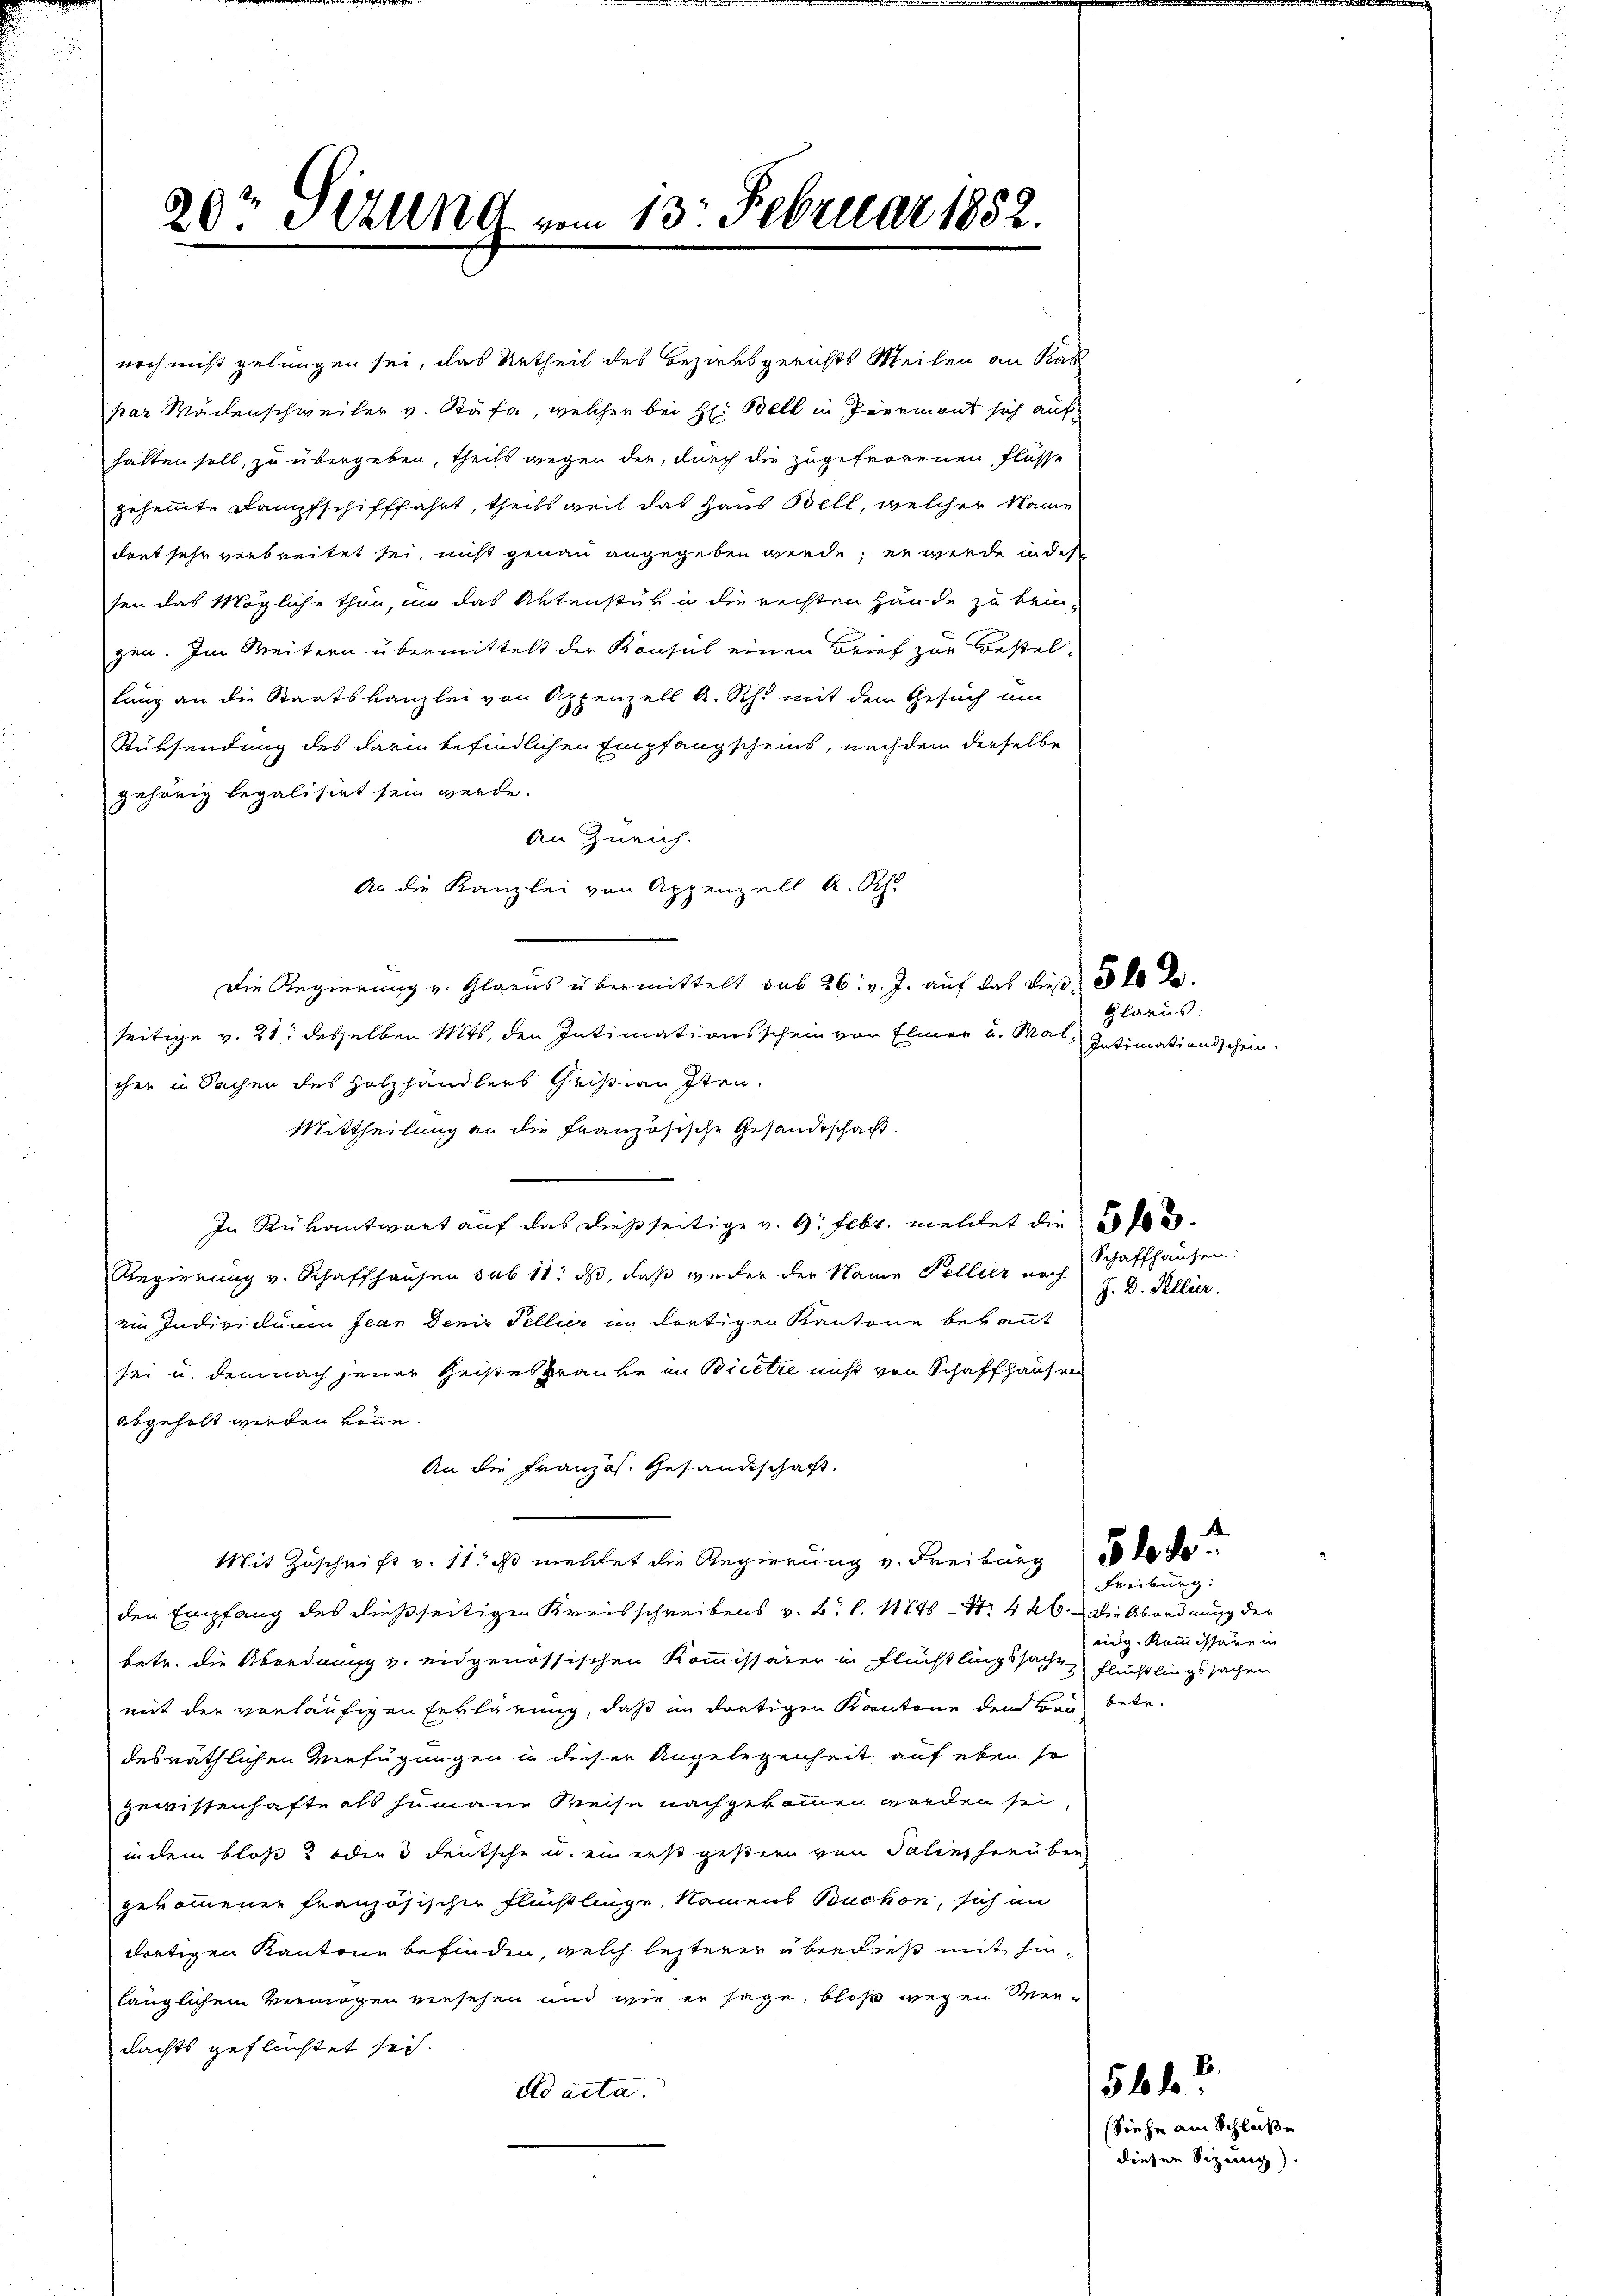
20t Setzung vom 13. Februar 1852.

noch nicht gelungen sei, das Urtheil des Bezirksgerichts Weilen an Kas
par Wachenschweiler v. Stäfa, welcher bei H. Bell in Piermant sich auf
halten soll, zu übergeben, theils gegen der, durch die zugefrorenen Flüsse
gehemmte Kaufschifffahrt, theils weil das Haus Bell, welcher Name
dont sehr verbreitet sei, nicht genau angegeben werde; er werde in des
sen das Mögliche thun, um das Aktenstuh in die rechten Hände zu bein-
gen. Im Weitern übermittelt der Konsul einen Brief zur Bestellung an die Staatskanzlei von Appenzell A. Sch. mit dem Gesuch um
Rüksendung des darin befindlichen Empfangscheins, nachdem derselbe
gehörig legalisirt sein werde.
An Zürich.
An die Kanzlei von Appenzell A. Sch
Die Regierung v. Glarus übermittelt sub 26. v. J. auf das Ließ, 300 Ro.
seitige v. 21. desselben Mts. den Intimationsschein von Elmer u. Mal-
cher in Sachen des Holzhändlers Christian Iten.
Mittheilung an die französische Gesandtschaft.
In Rükantwort auf das dießseitige v. 9. Febr. meldet die
Regierung v. Schaffhausen sub 11. ds, daß weder der Name Pellier noch
ein Individuum Jean Denis Tellier im dortigen Kantone bekannt
sei u. demnach jener Geisteskranke in Biete nicht von Schaffhausen
abgeholt werden könne.
An die Französ. Gesandtschaft.
Mit Zuschrift v. 11. ds mehret die Regierung v. Freiburg de
den Empfang des dießseitigen Kreisschreibens v. B. l. 11845 - N. 426. Die Abordnung der
betr. die Abordnung v. eidgenössischen Kommissärer in Flüchtlingssache Flüchtlingssachen
mit der vorläufigen Erklärung, daß in dortigen Kantone dem Bau betr.
desräthlichen Verfügungen in dieser Angelegenheit auf eben so
Zewissenhafte als humane Reise nachgekommen worden sei,
in dem bloß 2 oder 3 deutsche u. ein erst gestern von Salins herüber
gekommener französischer Flüchtlinge, Namens Buchen, sich in
dortigen Kantone befinden, welch lezterer überdieß mit hinlänglichem Vermögen viersehen und wie er sage, bloß wegen Merdachts geflüchtet sei.
Ad acta.

Glarus:
Intimationsschein.

Schaffhausen:
J. D. Pellier.

Freiburg:
eidg. Kommissäre in

A

5122

Siehe am Schlüße
diesen Sizung).